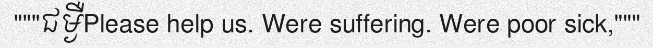
"""ជម្ងឺPlease help us. Were suffering. Were poor sick,"""